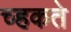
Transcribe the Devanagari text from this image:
च्हकते